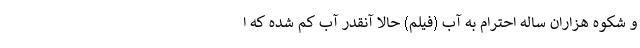
و شکوه هزاران ساله احترام به آب (فیلم) حالا آنقدر آب کم شده‌ که ا